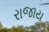
રાજાય